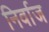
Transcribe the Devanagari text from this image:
निर्वाज